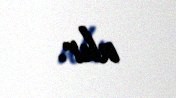
alır.